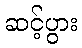
ဆင့်ပွား